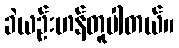
ခဲယဉ်းဟန်တူပါတယ်။